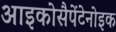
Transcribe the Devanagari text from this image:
आइकोसैपेंटेनोइक